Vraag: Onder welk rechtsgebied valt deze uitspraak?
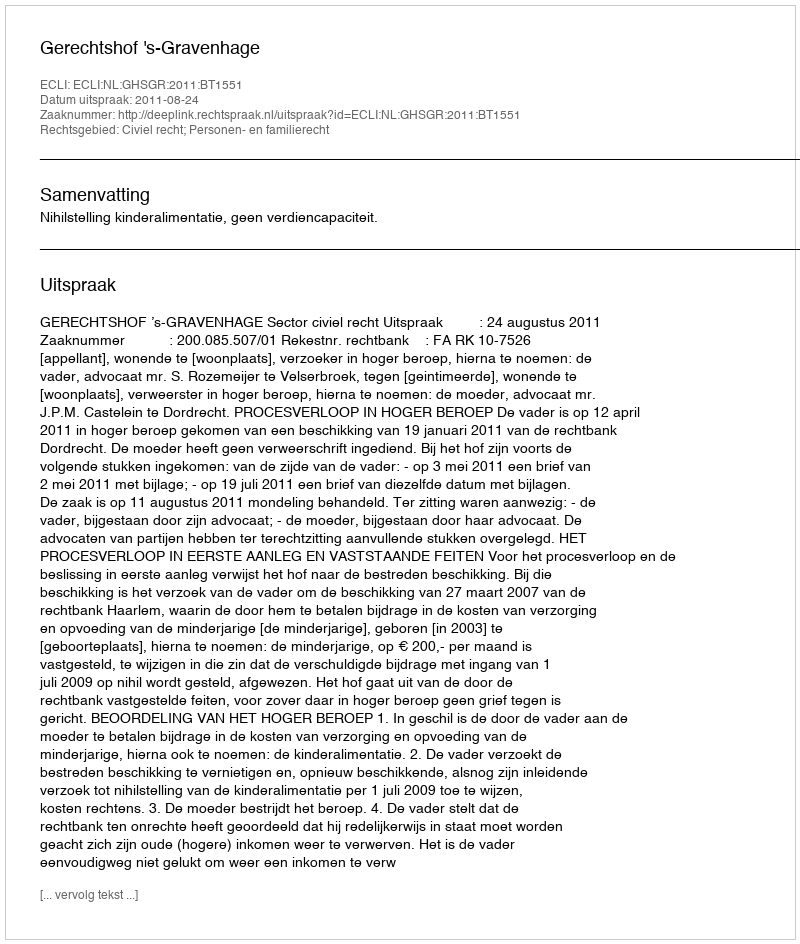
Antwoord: Civiel recht; Personen- en familierecht